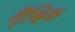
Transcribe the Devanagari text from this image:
वै्श्विक